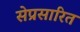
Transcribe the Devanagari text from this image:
सेप्रसारित